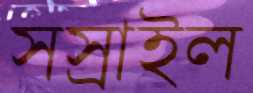
সস্রাইল